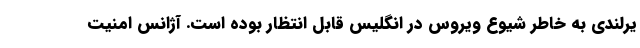
یرلندی به خاطر شیوع ویروس در انگلیس قابل انتظار بوده است. آژانس امنیت